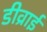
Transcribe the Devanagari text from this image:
डीव्राई